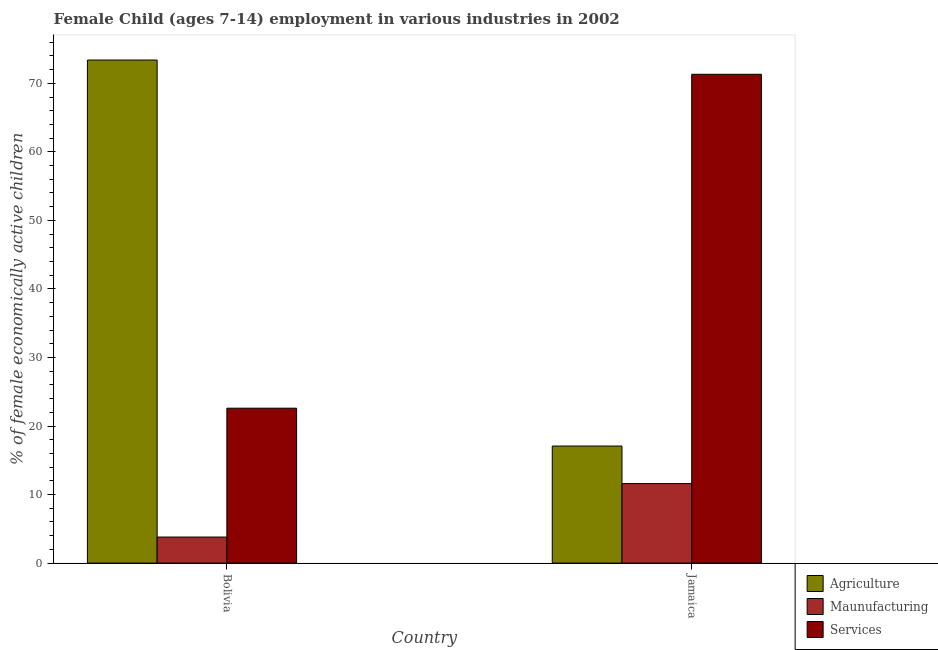
| Country | Agriculture | Maunufacturing | Services |
 | --- | --- | --- | --- |
 | Bolivia | 73.4 | 3.8 | 22.6 |
 | Jamaica | 17.1 | 11.6 | 71.3 |